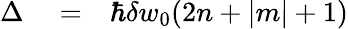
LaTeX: \begin{array}{rlr}{\Delta}&{{}=}&{\hbar\delta w_{0}(2n+|m|+1)}\end{array}